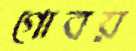
গোবয়